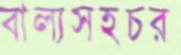
বাল্যসহচর